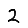
Digit: 2